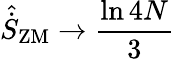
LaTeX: \hat{\dot{S}}_{\mathrm{ZM}}\rightarrow\frac{\ln{4N}}{3}